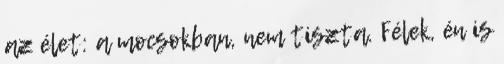
az élet: a mocsokban, nem tiszta. Félek, én is